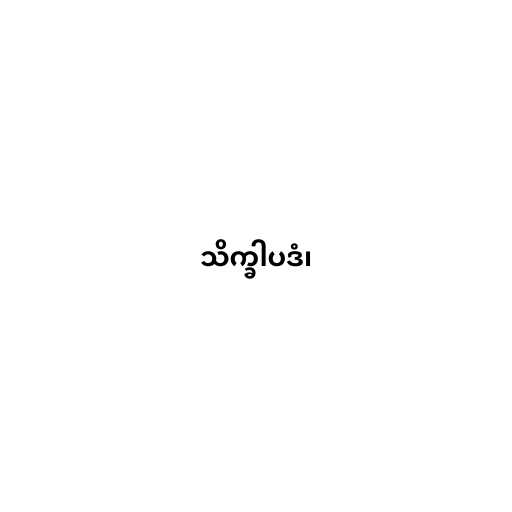
သိက္ခါပဒံ၊